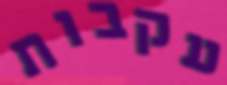
עקבות